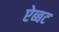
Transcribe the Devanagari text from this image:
ऐब्बट